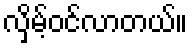
လှိမ့်ဝင်လာတယ်။